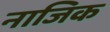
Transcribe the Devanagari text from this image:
नाजिक